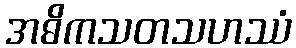
အဓိကသတသဟဿံ